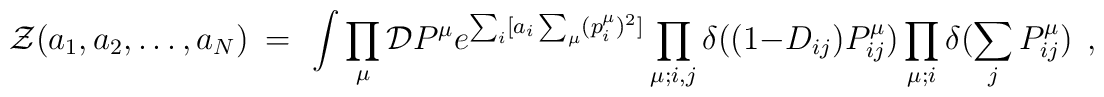
{\cal Z}(a_1,a_2, \dots, a_N)~=~\int \prod_{\mu} {\cal D} P^{\mu}  e^{\sum_i [a_i \sum_{\mu}(p^{\mu}_i)^2] } \prod_{\mu;i,j}\delta((1-D_{ij})P^{\mu}_{ij})  \prod_{\mu;i}\delta(\sum_j P_{ij}^{\mu})~~,